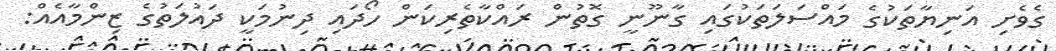
ގެވެށި އަނިޔާތަކުގެ މައްސަލަތަކުގައި ގާނޫނީ ގޮތުން ރައްކާތެރިކަން ހޯދައި ދިނުމަކީ ދައުލަތުގެ ޒިންމާއެއް: